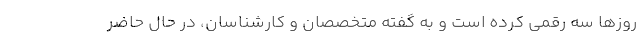
روز‌ها سه رقمی کرده است و به گفته متخصصان و کارشناسان، در حال حاضر